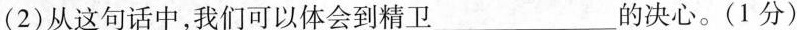
(2)从这句话中，我们可以体会到精卫___的决心。(1分)